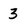
Character: 3